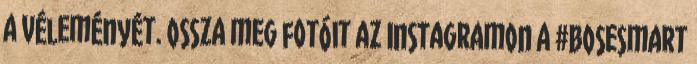
a véleményét. Ossza meg fotóit az Instagramon a #BoseSmart